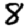
Digit: 8